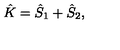
{ \hat { K } } = { \hat { S } } _ { 1 } + { \hat { S } } _ { 2 } ,